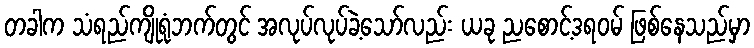
တခါက သံရည်ကျိုရုံဘက်တွင် အလုပ်လုပ်ခဲ့သော်လည်း ယခု ညစောင့်ဒရဝမ် ဖြစ်နေသည်မှာ